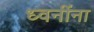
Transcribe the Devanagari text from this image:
ध्वनींना